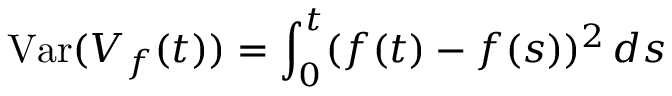
\operatorname { V a r } ( V _ { f } ( t ) ) = \int _ { 0 } ^ { t } ( f ( t ) - f ( s ) ) ^ { 2 } \, d s